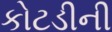
કોટડીની